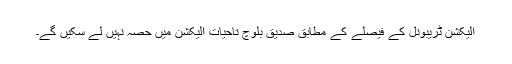
الیکشن ٹریبونل کے فیصلے کے مطابق صدیق بلوچ تاحیات الیکشن میں حصہ نہیں لے سکیں گے۔